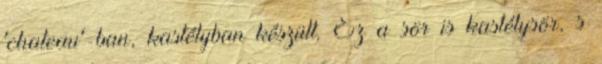
'chateau'-ban, kastélyban készült. Ez a sör is kastélysör, s